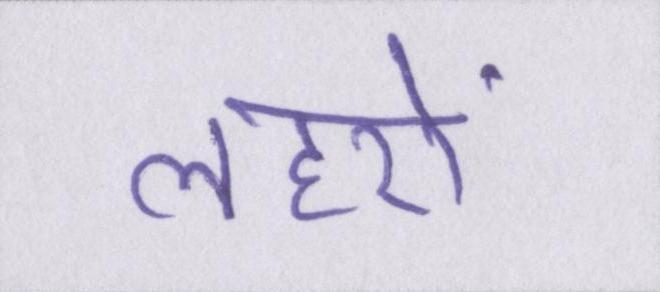
लहरों